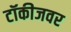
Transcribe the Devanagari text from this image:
टॉकीजवर